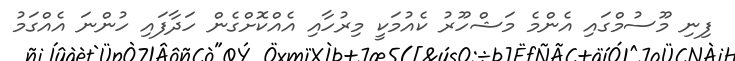
ފިނި މޫސުމްގައި އެންމެ މަޝްހޫރު ކެއުމަކީ މިރުހާއި އެއްކޮށްގެން ހަދާފައި ހުންނަ އެއްގަމު